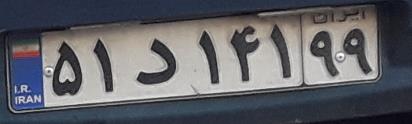
۵۱د۱۴۱۹۹